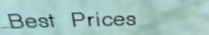
Best Prices